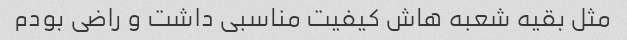
مثل بقیه شعبه هاش کیفیت مناسبی داشت و راضی بودم